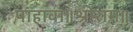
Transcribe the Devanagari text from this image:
पाहावा॥श्रीराम॥